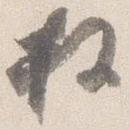
枉